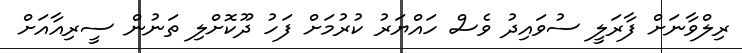
ރިލްވާނަށް ފާރަލީ ސުވައިދު ވެސް ހައްޔަރު ކުރުމަށް ފަހު ދޫކޮށްލި ތަނުން ސީރިއާއަށް